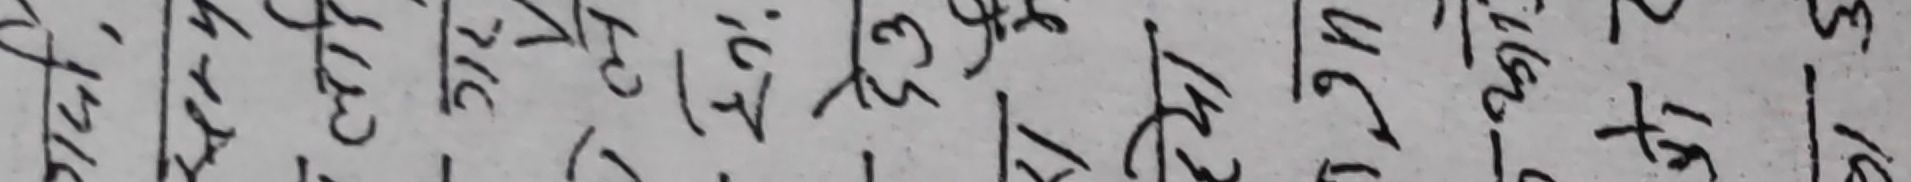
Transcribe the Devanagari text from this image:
१७ १८ १९ २० २१ २२ २३ २४ २५ २६ २७ २८